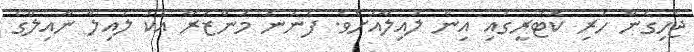
ޖެހިގެން ހުރި ކޮޓަރީގައި އިން ލައިލާއަށެވެ. ފެނުނު މަންޒަރާ އެކު ލައިލާ ނާއިލްގެ